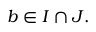
b \in I \cap J .